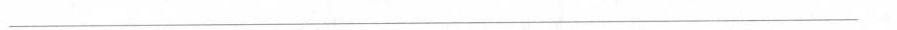
___